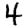
Digit: 4